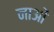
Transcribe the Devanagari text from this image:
नाओं